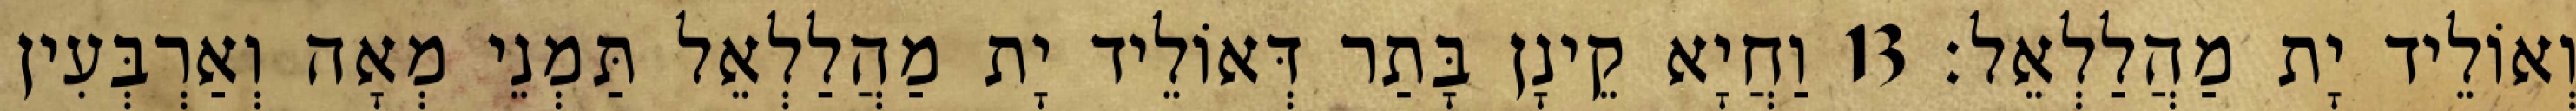
וְאוֹלֵיד יָת מַהֲלַלְאֵל׃ 13 וַחֲיָא קֵינָן בָּתַר דְּאוֹלֵיד יָת מַהֲלַלְאֵל תַּמְנֵי מְאָה וְאַרְבְּעִין